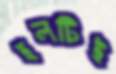
হলটিই